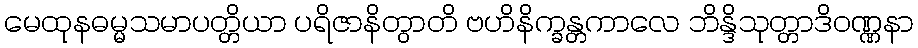
မေထုနဓမ္မသမာပတ္တိယာ ပရိဇာနိတွာတိ ဗဟိနိက္ခန္တကာလေ ဘိန္ဒိသုတ္တာဒိဝဏ္ဏနာ